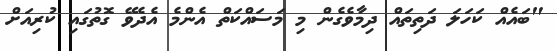
"ބައެއް ކަހަލަ ދަތިތައް ދިމާވެގެން މި މަސައްކަތް އެންމެ އެދެވޭ ގޮތުގައި ކުރިއަށް